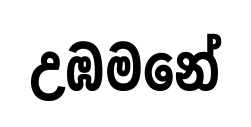
උඹමනේ